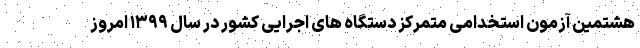
هشتمین آزمون استخدامی متمرکز دستگاه های اجرایی کشور در سال ۱۳۹۹ امروز